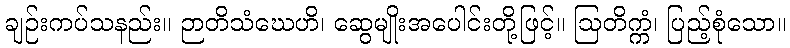
ချဉ်းကပ်သနည်း။ ဉာတိသံဃေဟိ၊ ဆွေမျိုးအပေါင်းတို့ဖြင့်။ ဩတိက္ကံ၊ ပြည့်စုံသော။